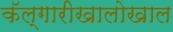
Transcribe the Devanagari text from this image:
कॅल्गारीखालोखाल